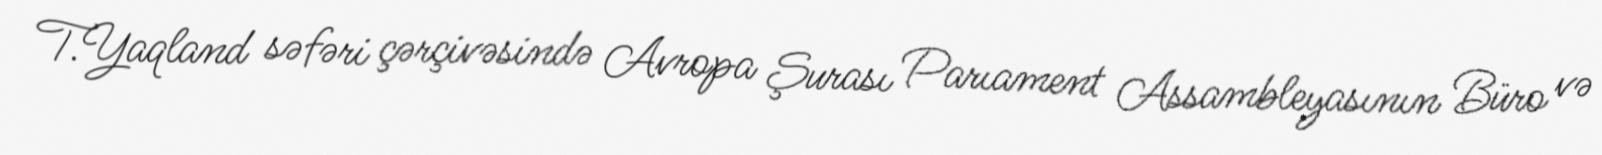
T.Yaqland səfəri çərçivəsində Avropa Şurası Parıament Assambleyasının Büro və